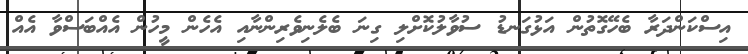
އިސްކަންދަރާ ބެހޭގޮތުން އަޅުގަނޑު ސުވާލުކޮށްލި ގިނަ ބެލެނިވެރިންނާއި އެހެން މީހުން އެއްބަސްވާ އެއް